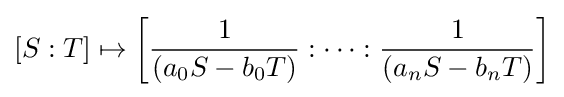
[S:T]\mapsto \left[{\frac {1}{(a_{0}S-b_{0}T)}}:\cdots :{\frac {1}{(a_{n}S-b_{n}T)}}\right]